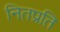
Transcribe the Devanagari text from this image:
नितप्रति